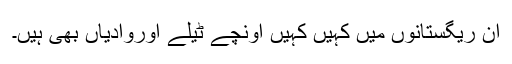
ان ریگستانوں میں کہیں کہیں اُونچے ٹیلے اوروادیاں بھی ہیں۔